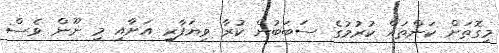
މިގޮތަށް ކަންތައް ކުރުމުގެ ސަބަބުން ކުރާ ވިޔަފާރި އަށާއި މި ނޫން ވެސް